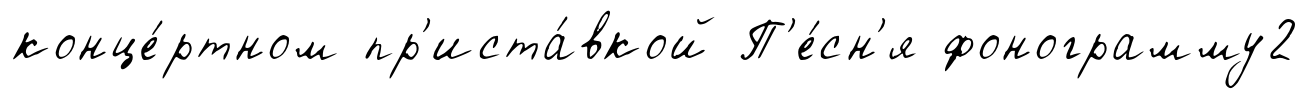
конце́ртном пр'иста́вкой П'е́сн'я фонограмму2